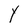
Character: Y